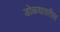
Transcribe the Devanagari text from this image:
डोळ्यावरील